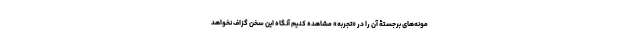
مونه‌های برجستۀ آن را در «تجربه» مشاهده کنیم آنگاه این سخن گزاف نخواهد